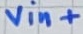
Text: vin+